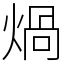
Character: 煱